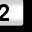
Digit: 2